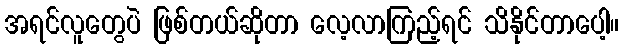
အရင်လူတွေပဲ ဖြစ်တယ်ဆိုတာ လေ့လာကြည့်ရင် သိနိုင်တာပေါ့။